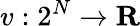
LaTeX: v:2^{N}\to\mathbf{R}